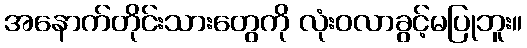
အနောက်တိုင်းသားတွေကို လုံးဝလာခွင့်မပြုဘူး။